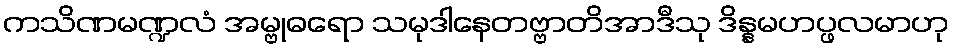
ကသိဏမဏ္ဍလံ အမ္ဗုဓရော သမုဒါနေတဗ္ဗာတိအာဒီသု ဒိန္နမဟပ္ဖလမာဟု